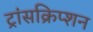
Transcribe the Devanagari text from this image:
ट्रांसक्रिप्‍शन